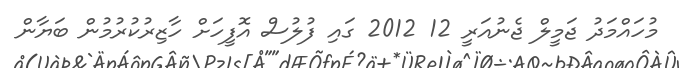
މުހައްމަދު ޖަމީލް ޖެނުއަރީ 12 2012 ގައި ފުލުސް އޮފީހަށް ހާޒިރުކުރުމުން ބަޔާން